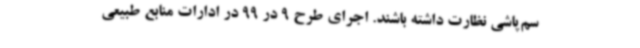
سم‌پاشی نظارت داشته باشند. اجرای طرح 9 در 99 در ادارات منابع طبیعی